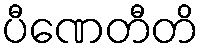
ပီဏေတီတိ